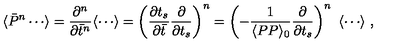
\langle \bar { P } ^ { n } \cdots \rangle = { \frac { \partial ^ { n } } { \partial \bar { t } ^ { n } } } \langle \cdots \rangle = \left( { \frac { \partial t _ { s } } { \partial \bar { t } } } { \frac { \partial } { \partial t _ { s } } } \right) ^ { n } = \left( - { \frac { 1 } { \langle P P \rangle _ { 0 } } } { \frac { \partial } { \partial t _ { s } } } \right) ^ { n } \ \langle \cdots \rangle \ ,